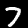
Digit: 7